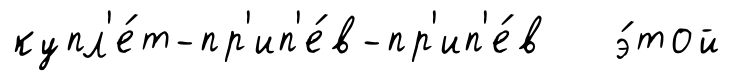
купл'е́т-пр'ип'е́в-пр'ип'е́в э́той